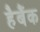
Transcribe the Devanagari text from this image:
हैबैंक